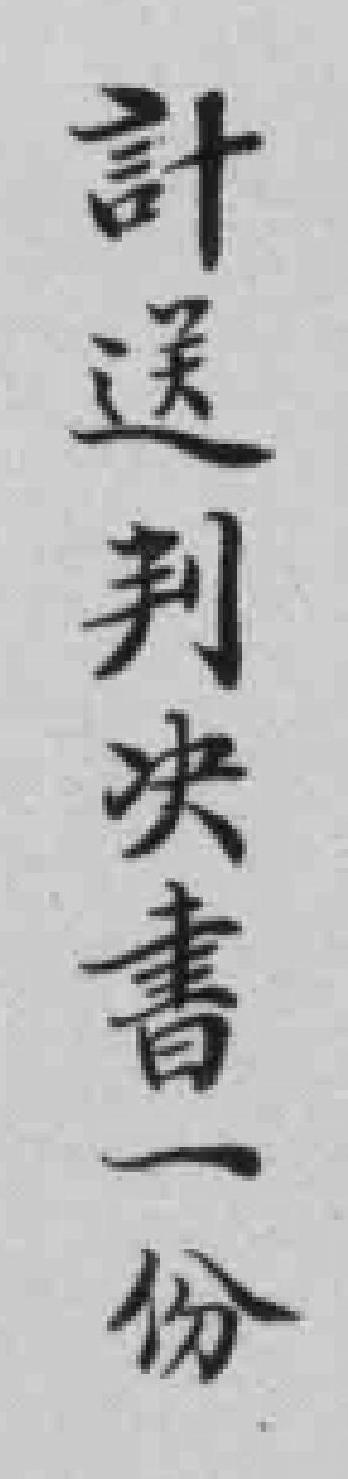
計送判决書一份